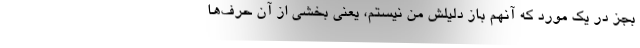
بجز در یک مورد که آنهم باز دلیلش من نیستم، یعنی بخشی از آن حرف‌ها